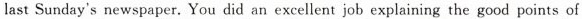
last Sunday's newspaper. You did an excellent job explaining the good points of